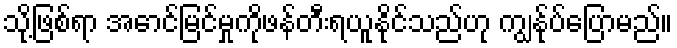
သို့ဖြစ်ရာ အောင်မြင်မှုကိုဖန်တီးရယူနိုင်သည်ဟု ကျွန်ုပ်ပြောမည်။